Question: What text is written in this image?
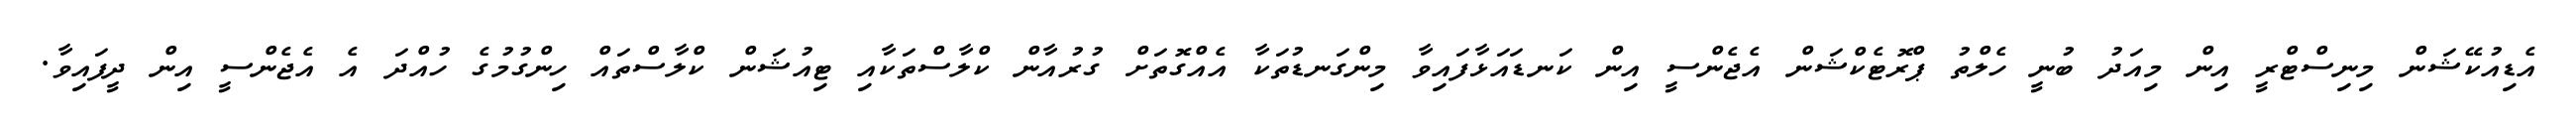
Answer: އެޑިއުކޭޝަން މިނިސްޓްރީ އިން މިއަދު ބުނީ ހެލްތު ޕްރޮޓެކްޝަން އެޖެންސީ އިން ކަނޑައަޅާފައިވާ މިންގަނޑުތަކާ އެއްގޮތަށް ގުރުއާން ކްލާސްތަކާއި ޓިއުޝަން ކްލާސްތައް ހިންގުމުގެ ހުއްދަ އެ އެޖެންސީ އިން ދީފައިވާ.